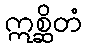
ဣစ္ဆိတံ